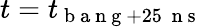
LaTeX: t=t_{\mathrm{~b~a~n~g~}+25\, \mathrm{~n~s~}}